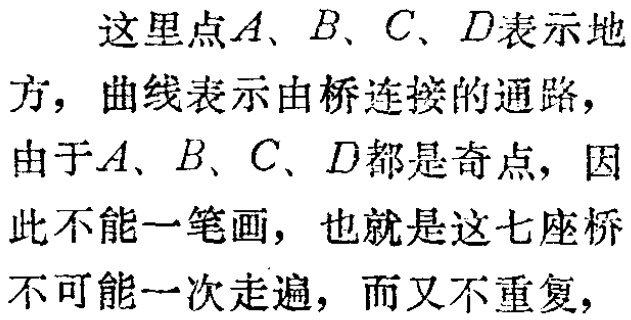
这里点\(A、B、C、D\)表示地方，曲线表示由桥连接的通路，由于\(A、B、C、D\)都是奇点，因此不能一笔画，也就是这七座桥不可能一次走遍，而又不重复，